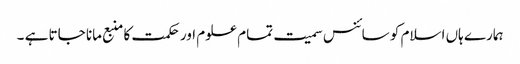
ہمارے ہاں اسلام کو سائنس سمیت تمام علوم اور حکمت کا منبع مانا جاتا ہے ۔